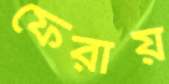
ফেরায়